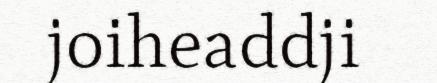
joiheaddji